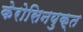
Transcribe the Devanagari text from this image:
केरोसिनयुक्त